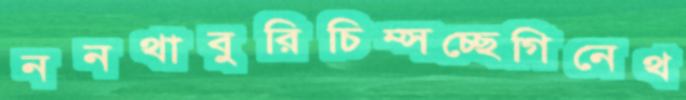
ননথাবুরিচিম্‌সচ্ছেগিনেথ